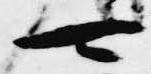
可